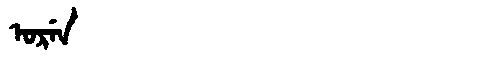
Manchu: ᠣᡵᡝᠨ
Romanization: OREN